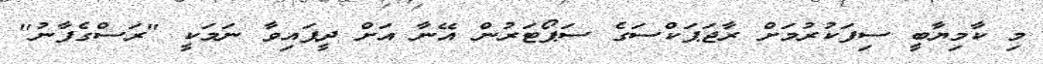
މި ކާމިޔާބީ ސިފަކުރުމަށް ރާޖަޕަކްސަގެ ސަޕޯޓަރުން އޭނާ އަށް ދީފައިވާ ނަމަކީ "ރަސްގެފާނު"